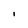
Character: i